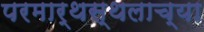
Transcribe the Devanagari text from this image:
परमार्थस्थलाच्या